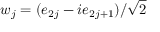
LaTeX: w _ { j } = ( e _ { 2 j } - i e _ { 2 j + 1 } ) / { \sqrt { 2 } }